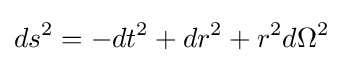
ds^{2}=-dt^{2}+dr^{2}+r^{2}d\Omega ^{2}